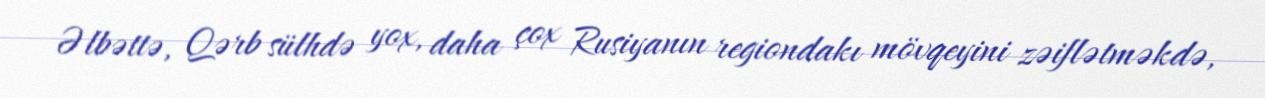
Əlbəttə, Qərb sülhdə yox, daha çox Rusiyanın regiondakı mövqeyini zəiflətməkdə,